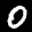
Label: 0